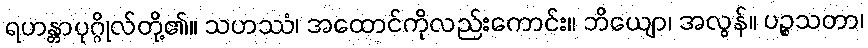
ရဟန္တာပုဂ္ဂိုလ်တို့၏။ သဟဿံ၊ အထောင်ကိုလည်းကောင်း။ ဘိယျော၊ အလွန်။ ပဉ္စသတာ၊